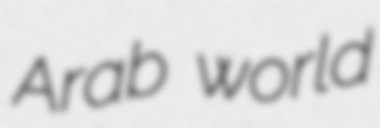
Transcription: Arab world